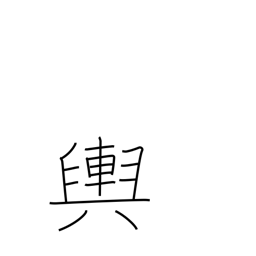
Meaning: the earth